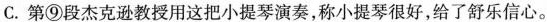
C. 第⑨段杰克教授用这把小提琴演奏，称小提琴很好，给了舒乐信心。